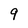
Character: 9